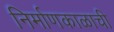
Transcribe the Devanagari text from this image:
निर्माणकाळाची